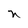
Character: n